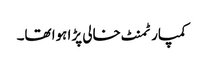
کمپارٹمنٹ خالی پڑا ہوا تھا۔